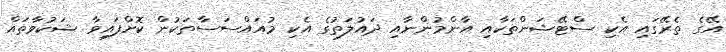
އޭގެ ތެރޭގައި އެކި ސްޓޭޝަންތަކާއި އާންމުންނާއި ދައުލަތުގެ އެކި މުއައްސަސާތަކުން ކޮށްފައިވާ ޝަކުވާތައް